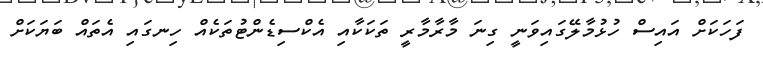
ފަހަކަށް އައިސް ހުޅުމާލޭގައިވަނީ ގިނަ މާރާމާރީ ތަކަކާއި އެކްސިޑެންޓުތަކެއް ހިނގައި އެތައް ބަޔަކަށް